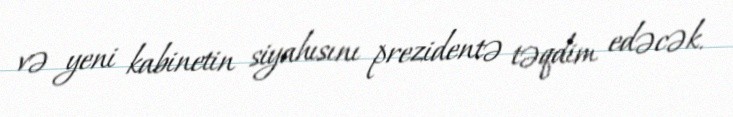
və yeni kabinetin siyahısını prezidentə təqdim edəcək.